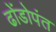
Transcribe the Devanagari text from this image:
ढोंडोपंत